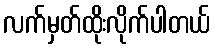
လက်မှတ်ထိုးလိုက်ပါတယ်